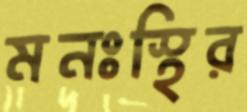
মনঃস্থির